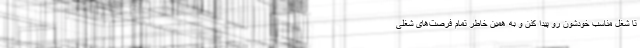
تا شغل مناسب خودشون رو پیدا کنن و به همین خاطر تمام فرصت‌های شغلی